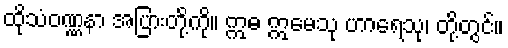
ထိုသံဝဏ္ဏနာ အပြားတို့ကို။ ဣဓ ဣမေသု ဟာရေသု၊ တို့တွင်။